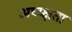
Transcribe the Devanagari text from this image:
अध्य्क्षता